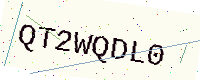
Text: QT2WQDL0